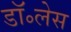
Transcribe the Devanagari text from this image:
डॉ॰लेस